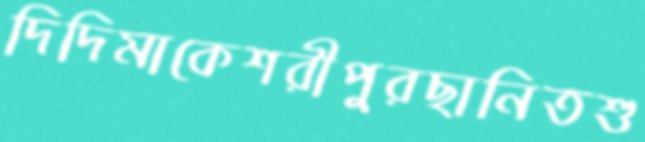
দিদিমাকেশরীপুরছানিতশু